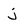
Character: j